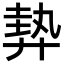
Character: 𢍠